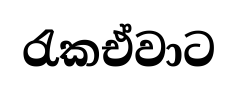
රැකඒවාට